Scientific memoirs by medical officers of the Army of India - Part X,
Year: 1897
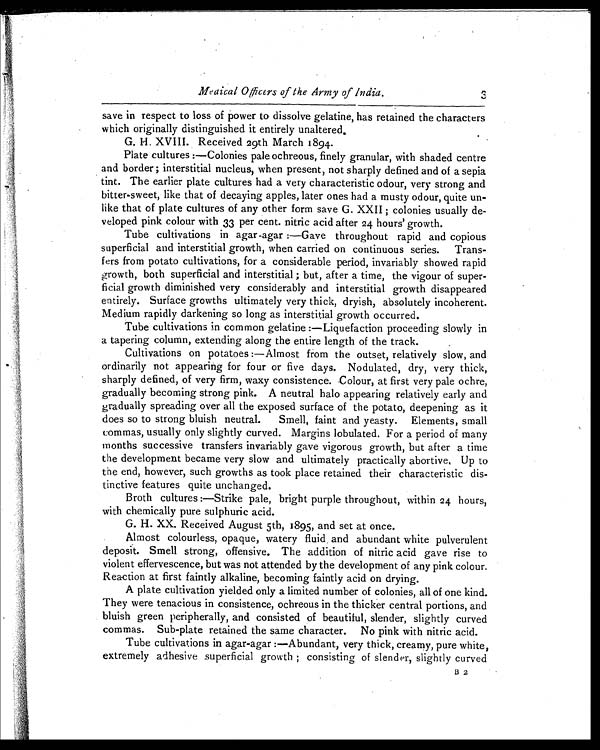
Medical Officers of the Army of India.3
save in respect to loss of power to dissolve gelatine, has retained the characters
which originally distinguished it entirely unaltered,
G. H. XVIII. Received 29th March 1894.
Plate cultures :—Colonies pale ochreous, finely granular, with shaded centre
and border ; interstitial nucleus, when present, not sharply defined and of a sepia
tint. The earlier plate cultures had a very characteristic odour, very strong and
bitter-sweet, like that of decaying apples, later ones had a musty odour, quite un
-like that of plate cultures of any other form save G. XXII ; colonies usually de
- v e l o p e d p i n k c o l o u r w i t h 3 3 p e r c e n t . n i t r i c a c i d a f t e r 2 4 h o u r s ' g r o w t h . Tube cultivations in agar-agar :—Gave throughout rapid and copious
superficial and interstitial growth, when carried on continuous series. Trans
- f e r s f r o m p o t a t o c u l t i v a t i o n s , f o r a c o n s i d e r a b l e p e r i o d , i n v a r i a b l y s h o w e d r a p i d
growth, both superficial and interstitial ; but, after a time, the vigour of super
- f i c i a l g r o w t h d i m i n i s h e d v e r y c o n s i d e r a b l y a n d i n t e r s t i t i a l g r o w t h d i s a p p e a r e d
entirely. Surface growths ultimately very thick, dryish, absolutely incoherent.
Medium rapidly darkening so long as interstitial growth occurred.
Tube cultivations in common gelatine :—Liquefaction proceeding slowly in
a tapering column, extending along the entire length of the track.
Cultivations on potatoes :—Almost from the outset, relatively slow, and
ordinarily not appearing for four or five days. Nodulated, dry, very thick,
sharply defined, of very firm, waxy consistence. Colour, at first very pale ochre,
gradually becoming strong pink. A neutral halo appearing relatively early and
gradually spreading over all the exposed surface of the potato, deepening as it
does so to strong bluish neutral. Smell, faint and yeasty. Elements, small
commas, usually only slightly curved. Margins lobulated. For a period of many
months successive transfers invariably gave vigorous growth, but after a time
the development became very slow and ultimately practically abortive, Up to
the end, however, such growths as took place retained their characteristic dis
- t i n c t i v e f e a t u r e s q u i t e u n c h a n g e d . Broth cultures :—Strike pale, bright purple throughout, within 24 hours,
with chemically pure sulphuric acid.
G. H. XX. Received August 5th, 1895, and set at once.
Almost colourless, opaque, watery fluid, and abundant white pulverulent
deposit. Smell strong, offensive. The addition of nitric acid gave rise to
violent effervescence, but was not attended by the development of any pink colour.
Reaction at first faintly alkaline, becoming faintly acid on drying.
A plate cultivation yielded only a limited number of colonies, all of one kind.
They were tenacious in consistence, ochreous in the thicker central portions, and
bluish green peripherally, and consisted of beautiful, slender, slightly curved
commas. Sub-plate retained the same character. No pink with nitric acid.
Tube cultivations in agar-agar :—Abundant, very thick, creamy, pure white,
extremely adhesive superficial growth ; consisting of slender, slightly curved
B 2